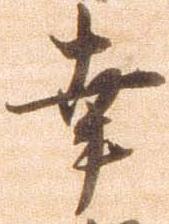
幸